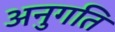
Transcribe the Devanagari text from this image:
अनुगति